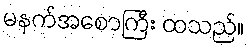
မနက်အစောကြီး ထသည်။